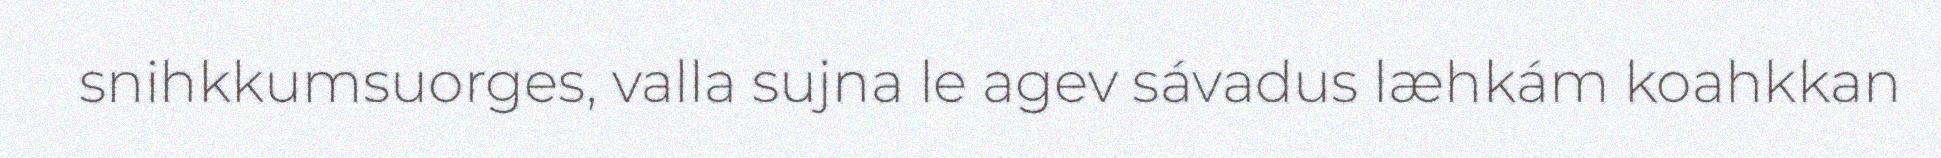
snihkkumsuorges, valla sujna le agev sávadus læhkám koahkkan